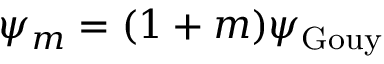
\psi _ { m } = ( 1 + m ) \psi _ { \mathrm { G o u y } }